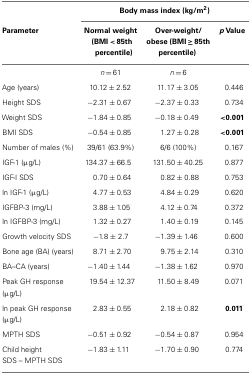
|  | <COLSPAN=3> Body mass index (kg/m2) |
 | Parameter | Normal weight(BMI < 85thpercentile) | Over-weight/obese (BMI ≥ 85thpercentile) | p Value |
 | --- | --- | --- | --- |
 |  | n = 61 | n = 6 |  |
 | Age (years) | 10.12 ±2.52 | 11.17 ± 3.05 | 0.446 |
 | Height SDS | −2.31 ±0.67 | − 2.37 ± 0.33 | 0.734 |
 | Weight SDS | −1.84 ±0.85 | − 0.18 ± 0.49 | <0.001 |
 | BMI SDS | −0.54 ±0.85 | 1.27 ± 0.28 | <0.001 |
 | Number of males (%) | 39/61 (63.9%) | 6/6 (100%) | 0.167 |
 | IGF-1 (μg/L) | 134.37 ±66.5 | 131.50 ± 40.25 | 0.877 |
 | IGF-I SDS | 0.70 ±0.64 | 0.82 ± 0.88 | 0.753 |
 | ln IGF-1 (μg/L) | 4.77 ±0.53 | 4.84 ± 0.29 | 0.620 |
 | IGFBP-3 (mg/L) | 3.88 ±1.05 | 4.12 ± 0.74 | 0.372 |
 | ln IGFBP-3 (mg/L) | 1.32 ±0.27 | 1.40 ± 0.19 | 0.145 |
 | Growth velocity SDS | −1.8 ± 2.7 | −1.39 ±1.46 | 0.600 |
 | Bone age (BA) (years) | 8.71 ±2.70 | 9.75 ± 2.14 | 0.310 |
 | BA–CA (years) | −1.40 ±1.44 | − 1.38 ± 1.62 | 0.970 |
 | Peak GH response (μg/L) | 19.54 ±12.37 | 11.50 ± 8.49 | 0.071 |
 | ln peak GH response (μg/L) | 2.83 ±0.55 | 2.18 ± 0.82 | 0.011 |
 | MPTH SDS | −0.51 ±0.92 | − 0.54 ± 0.87 | 0.954 |
 | Child height SDS – MPTH SDS | −1.83 ±1.11 | − 1.70 ± 0.90 | 0.774 |